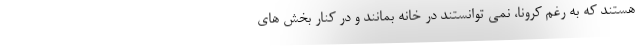
هستند که به رغم کرونا، نمی توانستند در خانه بمانند و در کنار بخش های